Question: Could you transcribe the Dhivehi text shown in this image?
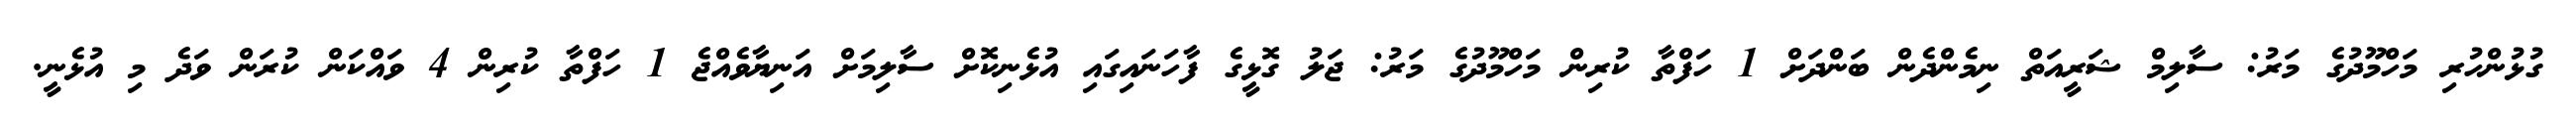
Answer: ގުޅުންހުރި މަހްމޫދުގެ މަރު: ސާލިމް ޝަރީއަތް ނިމެންދެން ބަންދަށް 1 ހަފްތާ ކުރިން މަހްމޫދުގެ މަރު: ޖަލު ގޮޅީގެ ފާހަނައިގައި އުޅެނިކޮށް ސާލިމަށް އަނިޔާވެއްޖެ 1 ހަފްތާ ކުރިން 4 ވައްކަން ކުރަން ވަދެ މި އުޅެނީ.